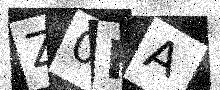
Text: Z0HA